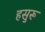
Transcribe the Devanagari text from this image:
हसुरू